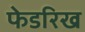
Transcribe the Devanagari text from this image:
फेडरिख